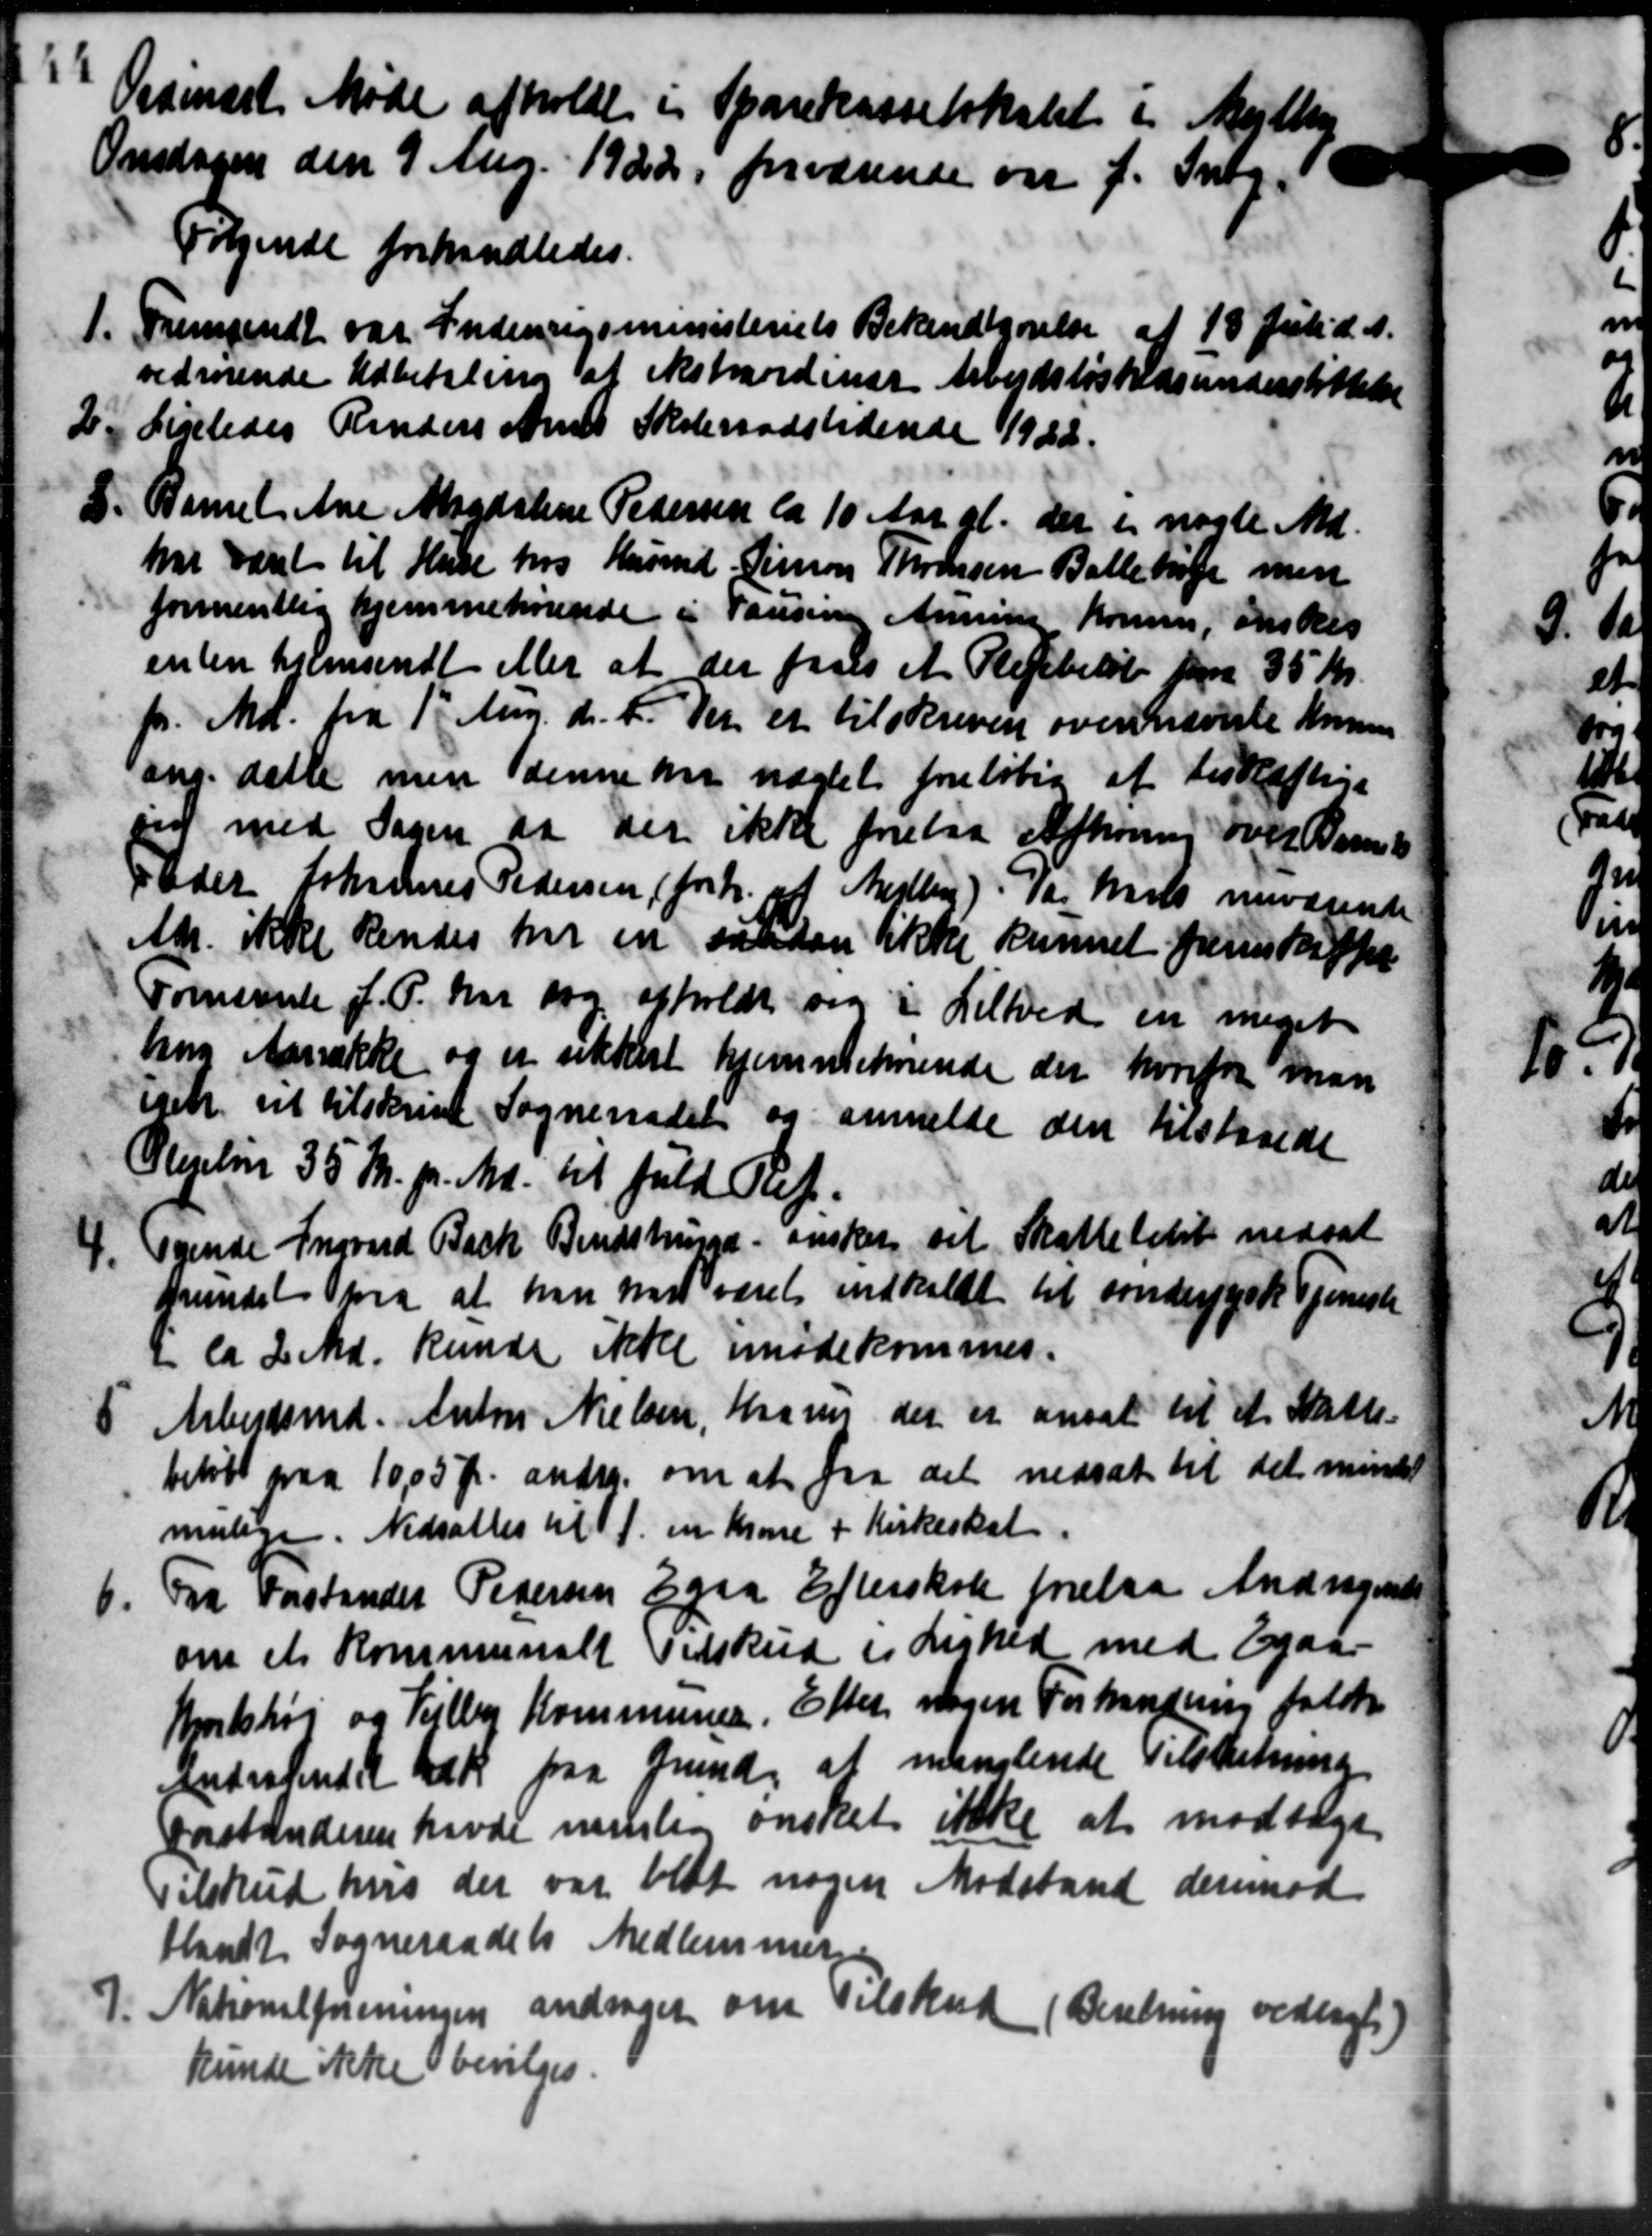
Transskription:
Ordinært Møde afholdt i Sparekasselokalet i
Onsdagen den 9 Mag. 1922, forværende om f. Int
Følgende forhandledes.
1. Fremsendt var Indenrigsministeriets Bekendtgørelse af 18 Juli d. A.
1. Fremsendt var Indenrigsministeriets Bekendtgørelse af 18 Juli d. A.
vedrørende Udbetaling af ekstraordinær Arbejdsløshedsunderstøttelse
2.
Ligeledes Renders Amts Skoleraadstidende 1922.
8. Barnet Ane Magdalene Pedersen ca 10 Aar gl. der i næste Md.
8. Barnet Ane Magdalene Pedersen ca 10 Aar gl. der i næste Md.
har været til Huse hos Husmd. Simon Thomsen Ballehøje men
formentlig hjemmehørende i Vansine Annine Komm, ønskes
enten hjemsendt eller at der faaes et Plejebeløb paa 35 Kr.
pr. Md. fra 1' Aug. d. A. Det et tilskreven ovennævnte Komm
ang. datte men denne nu uægtet foreløbig at beskæftige
sig med Sagen at der ikke forelaa Afhøring over Barnet
Peder Johannes Pedersen (fortr. af Meller), Par Marts nuværende
Akr. ikke kendes har en saadan ikke kunnet fremskaffes
Fornævnte J. P. har dog afholdt sig i Lelhed en meget
ling Aarrække og er sikkest hjemmehørende der hvorfor man
irk at tilskrive Sogneraadet og anmelde den tilstaaede
Plejeløn 35 Kr. pr. Md. til fuld Ref.
4. Tyende Ingvard Bach Bendstrupgd. ønsker sit Skattelitet nedsat
4. Tyende Ingvard Bach Bendstrupgd. ønsker sit Skattelitet nedsat
frundet paa at han har været indholdt til Sønderjysk Tjenes
= ca. 2 Md. kunde ikke imødekommes.

Arbejdsmd. Anton Nielsen, Krav der er ansat til et Skatt
beløb paa 10,05 Kr. andr. om at fra det nedsat til det mu
mulige. Nedsattes til f. en Krone + Kirkeskat.
6.
Fra Forstander Pedersen Egaa Efterskole forelaa Andragend
om et Kommunalt Tilskud i Lighed med Egaa
Hjortshøj og Vejlby Kommunen. Efter nogen Forhandling falde
andragendet tak paa Grund, at manglende Tilskudning
Forstanderen havde nemlig ønsket ikke at modtage
Tilskud hvis der var blet nogen Modstand derimod
Mandt Sogneraadets Medlemmerne
7. Nationalforeningen andrager om Tilskud (Beretning vedtoges
7. Nationalforeningen andrager om Tilskud (Beretning vedtoges
kunde ikke bevilges.